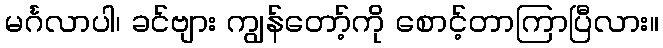
မင်္ဂလာပါ၊ ခင်ဗျား ကျွန်တော့်ကို စောင့်တာကြာပြီလား။